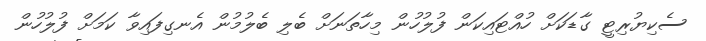
ސެކިޔުރިޓީ ގާޑަކަށް ހުއްޓައިކަން ފުލުހުން މިހާތަނަށް ބެލި ބެލުމުން އެނގިފައިވާ ކަމަށް ފުލުހުން